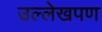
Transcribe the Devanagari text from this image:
उल्लेखपण